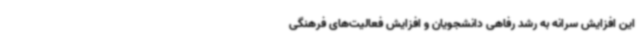
این افزایش سرانه به رشد رفاهی دانشجویان و افزایش فعالیت‌های فرهنگی